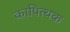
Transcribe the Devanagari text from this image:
कापित्थक